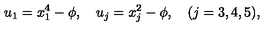
u _ { 1 } = x _ { 1 } ^ { 4 } - \phi , \quad u _ { j } = x _ { j } ^ { 2 } - \phi , \quad ( j = 3 , 4 , 5 ) ,